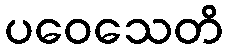
ပဝေသေတိ